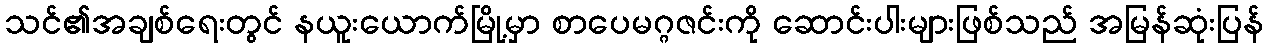
သင်၏အချစ်ရေးတွင် နယူးယောက်မြို့မှာ စာပေမဂ္ဂဇင်းကို ဆောင်းပါးများဖြစ်သည် အမြန်ဆုံးပြန်